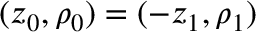
( z _ { 0 } , \rho _ { 0 } ) = ( - z _ { 1 } , \rho _ { 1 } )